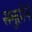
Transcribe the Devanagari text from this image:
समुहोने